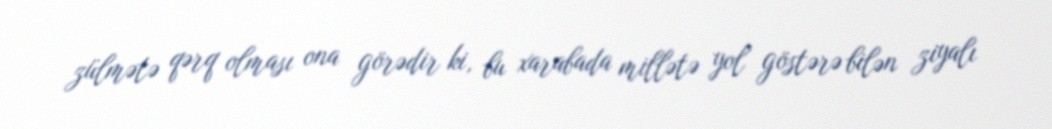
zülmətə qərq olması ona görədir ki, bu xarabada millətə yol göstərə bilən ziyalı